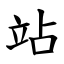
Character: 站